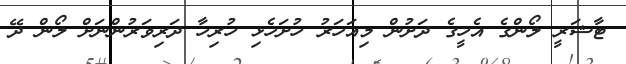
ޓާޝަރީ ލޯންގެ އެހީގެ ދަށުން މިއަހަރު ހުށަހެޅި ހުރިހާ ދަރިވަރުންނަށް ލޯން ދޭ